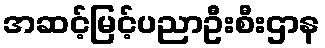
အဆင့်မြင့်ပညာဦးစီးဌာန